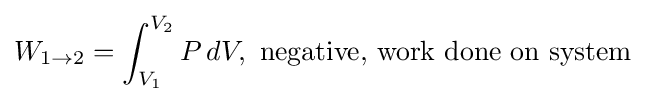
W_{1\to 2}=\int _{V_{1}}^{V_{2}}P\,dV,\,\,{\text{negative, work done on system}}